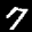
Label: 7